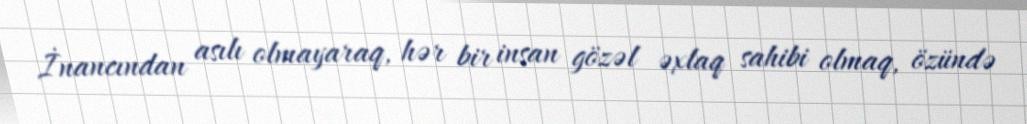
İnancından asılı olmayaraq, hər bir insan gözəl əxlaq sahibi olmaq, özündə